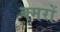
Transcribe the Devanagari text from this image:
क्मरों